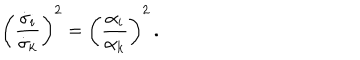
\left( \frac { \dot { \sigma } _ { i } } { \dot { \sigma } _ { k } } \right) ^ { 2 } = \left( \frac { \alpha _ { i } } { \alpha _ { k } } \right) ^ { 2 } \, .